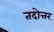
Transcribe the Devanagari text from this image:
तदोत्तर